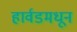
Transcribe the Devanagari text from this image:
हार्वडमधून